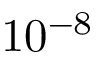
1 0 ^ { - 8 }